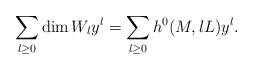
LaTeX: \begin{align*}\sum_{l\geq 0} \dim W_l y^l= \sum_{l\geq 0} h^0(M,lL) y^l.\end{align*}